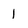
Character: l